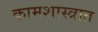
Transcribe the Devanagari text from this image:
कामशास्त्रात